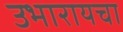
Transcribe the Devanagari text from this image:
उभारायचा